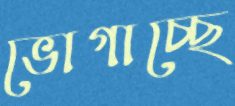
ভোগাচ্ছে